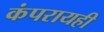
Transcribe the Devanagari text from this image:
कंपरायही